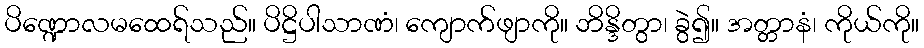
ပိဏ္ဍောလမထေရ်သည်။ ပိဋ္ဌိပါသာဏံ၊ ကျောက်ဖျာကို။ ဘိန္ဒိတွာ၊ ခွဲ၍။ အတ္တာနံ၊ ကိုယ်ကို။